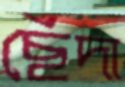
ছেঁদা